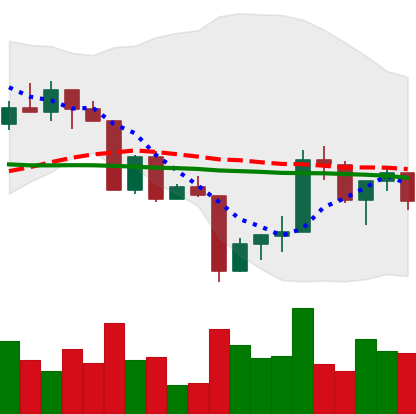
Ticker: XRP-USD
Chart end date: 2022-04-20
Forward return: -7.678%
Label: down_7plus